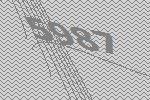
5987